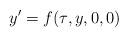
LaTeX: \begin{align*} y'=f(\tau,y,0,0) \end{align*}